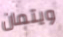
ويتمان